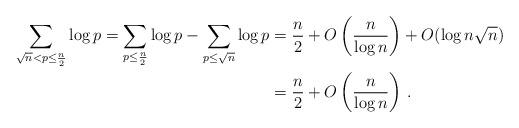
LaTeX: \begin{align*}\sum_{\sqrt{n}<p\leq \frac{n}{2}} \log p = \sum_{p\leq \frac{n}{2}} \log p - \sum_{p\leq \sqrt{n}} \log p &= \frac{n}{2}+O\left(\frac{n}{\log n}\right)+O(\log n \sqrt{n})\\&= \frac{n}{2}+O\left(\frac{n}{\log n}\right)\,.\end{align*}